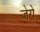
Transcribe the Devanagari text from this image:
जेरो